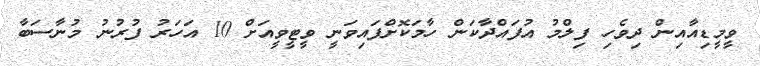
ވީމީޑިއާއިން ދިވެހި ފިލްމު އުފައްދާކަން ހާމަކޮށްފައިވަނީ ވީޓީވީއަށް 10 އަހަރު ފުރުނު މުނާސަބާ